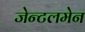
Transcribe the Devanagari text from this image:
जेन्टलमेन